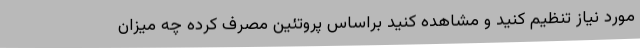
مورد نیاز تنظیم کنید و مشاهده کنید براساس پروتئین مصرف کرده چه میزان